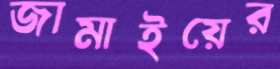
জামাইয়ের